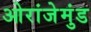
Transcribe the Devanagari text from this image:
ओरांजेमुंड